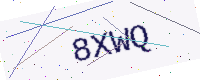
Text: 8XWQ